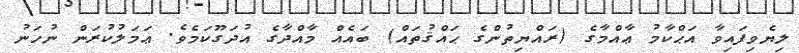
ލިޔެވިފައިވާ އަޙްކާމު ޢާއްމާގެ (ރައްޔިތުންގެ ޙައްޤުތައް) ބައެއް މާއްދާގެ އުދަގޫކަމެވެ. ޢަމަލުކުރަން ނުހަނު